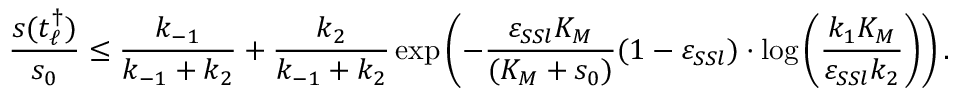
\frac { s ( t _ { \ell } ^ { \dagger } ) } { s _ { 0 } } \leq \frac { k _ { - 1 } } { k _ { - 1 } + k _ { 2 } } + \frac { k _ { 2 } } { k _ { - 1 } + k _ { 2 } } \exp \left( - \frac { \varepsilon _ { S S l } K _ { M } } { ( K _ { M } + s _ { 0 } ) } ( 1 - \varepsilon _ { S S l } ) \cdot \log \left( \frac { k _ { 1 } K _ { M } } { \varepsilon _ { S S l } k _ { 2 } } \right) \right) .